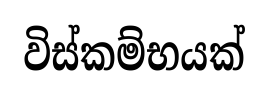
විස්කම්භයක්